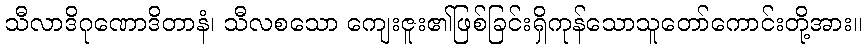
သီလာဒိဂုဏောဒိတာနံ၊ သီလစသော ကျေးဇူး၏ဖြစ်ခြင်းရှိကုန်သောသူတော်ကောင်းတို့အား။